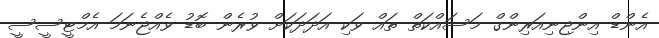
އެންޑް އިންޖިނިއަރިންގް މަސައްކަތް ތައް ވަކި އަދަދަކަށް ވުރެން ބޮޑު ވެއްޖެނަމަ އެމްޓީސީސީ